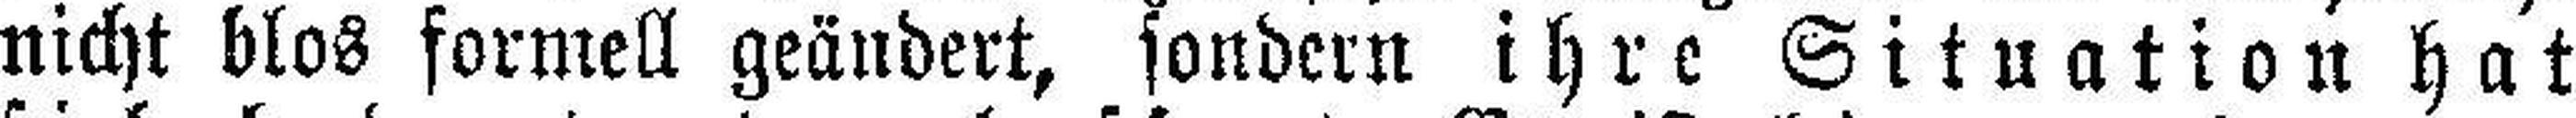
nicht blos formell geändert, sondern ihre Situation hat